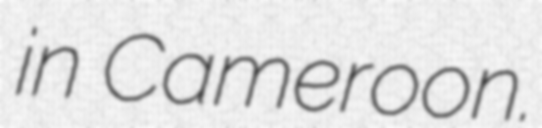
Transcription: in Cameroon.